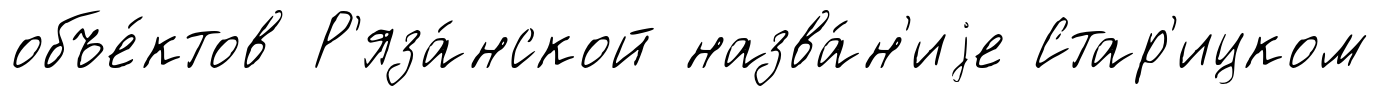
объе́ктов Р'яза́нской назва́н'иjе Стар'ицком